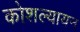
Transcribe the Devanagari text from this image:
कोशल्यायन